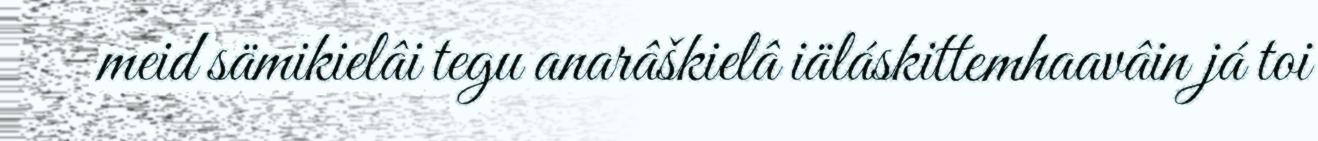
meid sämikielâi tegu anarâškielâ iäláskittemhaavâin já toi